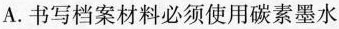
A.书写档案材料必须使用碳素墨水